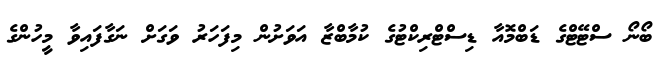
ބޯނޯ ސްޓޭޓްގެ ޑަބްމޮއާ ޑިސްޓްރިކްޓުގެ ކުމާބްޒާ އަވަށުން މިފަހަރު ވަގަށް ނަގާފައިވާ މީހުންގެ